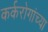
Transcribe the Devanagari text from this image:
कर्करोगांच्या